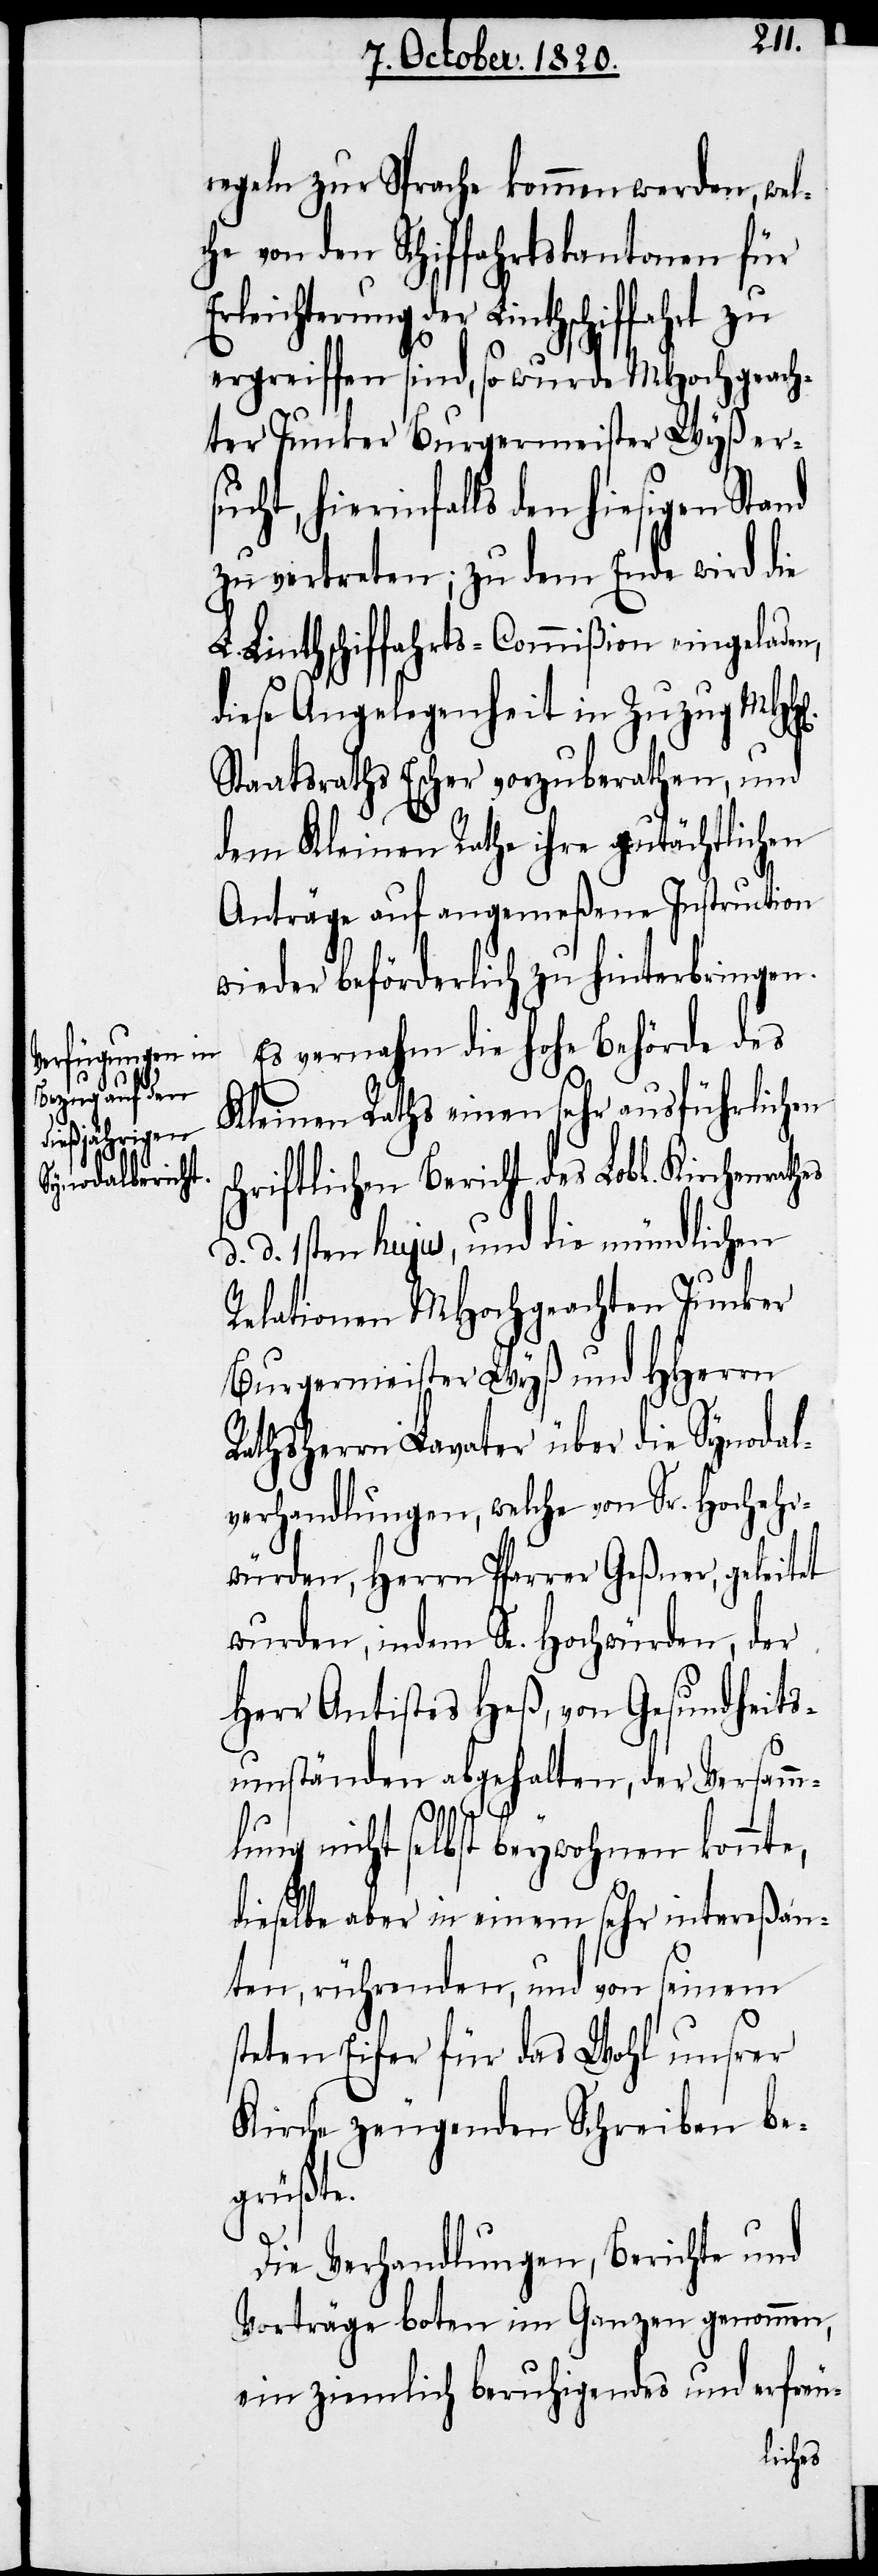
regeln zur Sprache kommen werden, wel¬
che von den Schiffahrtskantonen für
der Linthschiffahrt zu
ergreiffen sind, so wurde MHochgeach¬
ter Junker Burgermeister Wyß er¬
cht, hierinfalls den hiesigen
zu vertreten; zu dem Ende wird die
L. Linthschiffahrts-Commißion eingeladen,
diese Angelegenheit in Zuzug MHh[e¬
Staatsraths Escher vorzuberathen, und
dem Kleinen Rathe ihre gutächtlichen
Anträge auf angemeßene Instruction
wieder beförderlich zu hinterbringen.
Es vernahm die hohe Behörde des
Kleinen Raths einen sehr ausführlichen
chriftlichen Bericht des Lobl. Kirchenmonat¬
d. d. 1sten hujus, und die mündlichen
Relationen MHochgeachten Junker
Burgermeister Wyß und HHerrn
Rathsherrn Lavater über die Synodal¬
verhandlungen, welche von Sr. Hochehr¬
würden, Herrn Pfarrer Geßner, geleitet
wurden, indem Sr. Hochwürden, der
Herr Antistes Heß, von Gesundheits¬
umständen abgehalten, der Versamm¬
lung nicht selbst beywohnen konnte,
dieselbe aber in einem sehr intereßan¬
ten, rührenden, und von seinem
steten Eifer für das Wohl unsrer
Kirche zeugenden Schreiben be¬
grüßte.
hs
Die Verhandlungen, Berichte und
Vorträge boten im Ganzen genommen,
ein ziemlich beruhigendes und erfreu-